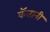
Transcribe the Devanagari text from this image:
कॅतानी